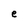
Character: e